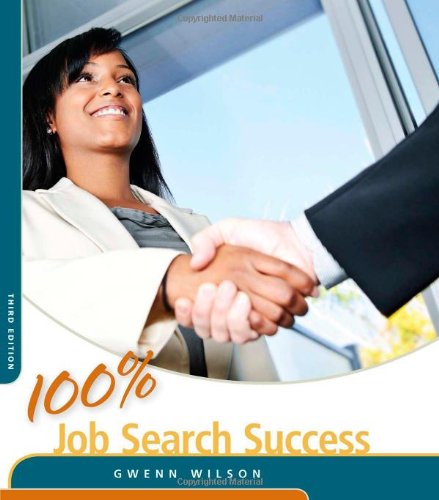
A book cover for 100% Job Search Success (100% Success Series); Gwenn Wilson; Business & Money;